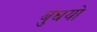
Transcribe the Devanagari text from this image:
बुघयो